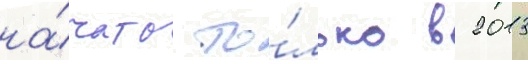
на́чато то́лько в 2013